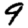
Digit: 9